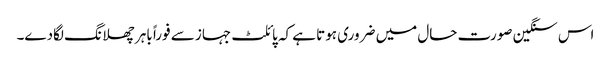
اس سنگین صورت حال میں ضروری ہوتا ہے کہ پائلٹ جہاز سے فوراً باہر چھلانگ لگادے۔